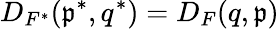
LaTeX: D_{F^{*}}(\mathfrak{p}^{*},q^{*})=D_{F}(q,\mathfrak{p})